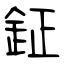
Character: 鉦